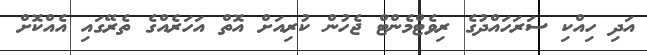
އަދި ހިއްކި ސަރަހައްދުގެ ރިވެޓްމެންޓް ޖެހުން ކުރިއަށް އޮތް އަހަރެއްގެ ތެރޭގައި އެއްކޮށް